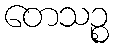
တေသဉ္စ